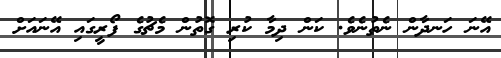
އޭނަ ހަނދާން ނެތުނެވެ. ކަން ދިމާ ކުރި ގޮތުން މެޗުގެ ފޯރީގައި އޭނައަށް